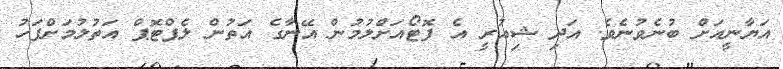
އަޔާނީއަށް ބުނެވުނެވެ. އަދި ޝިއުރީ އެ ފޮޓޯއަށްލުމުން އޭނާގެ އަތުން ލެޕްޓޮޕް އަތުލުމަށްފަހު